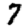
Digit: 7